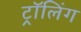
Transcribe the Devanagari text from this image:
ट्रॉलिंग